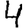
Digit: 4